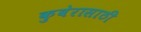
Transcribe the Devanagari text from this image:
कुबेरासाठी